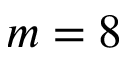
m = 8